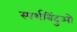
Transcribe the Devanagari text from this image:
स्पर्शबिंदुओ